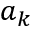
a _ { k }